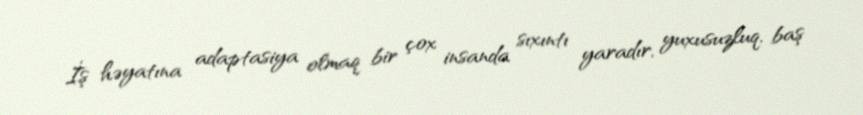
İş həyatına adaptasiya olmaq bir çox insanda sıxıntı yaradır, yuxusuzluq, baş